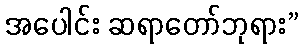
အပေါင်း ဆရာတော်ဘုရား”